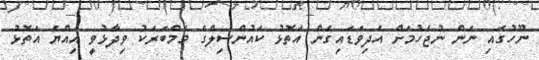
ނޫހުގައި ނަން ނުޖެހުމަށް އެދިވަޑައިގެން އަތޮޅު ކައުންސިލްގެ މެމްބަރަކު ވިދާޅުވީ އިއްޔެ އަތޮޅު